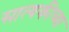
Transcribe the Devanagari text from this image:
सात्यकीच्या